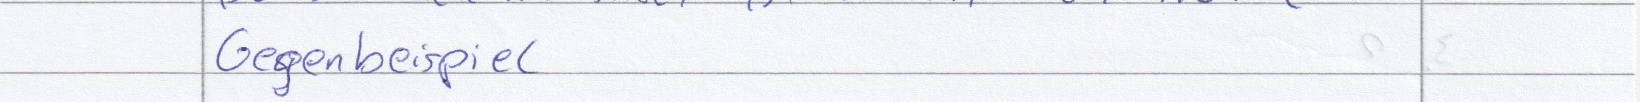
Gegenbeispiel